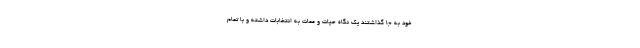
خود به جا گذاشتند یک نگاه حیات و ممات به انتخابات داشته و با تمام